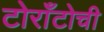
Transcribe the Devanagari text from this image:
टोराँटोची